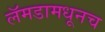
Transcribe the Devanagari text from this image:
लॅमडामधूनच